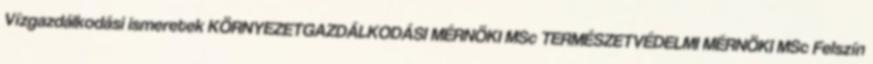
Vízgazdálkodási ismeretek KÖRNYEZETGAZDÁLKODÁSI MÉRNÖKI MSc TERMÉSZETVÉDELMI MÉRNÖKI MSc Felszín